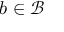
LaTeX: b \in { \mathcal { B } }